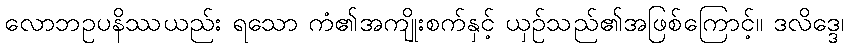
လောဘဥပနိဿယည်း ရသော ကံ၏အကျိုးစက်နှင့် ယှဉ်သည်၏အဖြစ်ကြောင့်။ ဒလိဒ္ဒေ၊